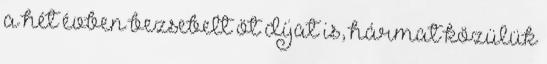
a hét évben bezsebelt öt díjat is, hármat közülük